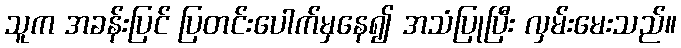
သူက အခန်းပြင် ပြတင်းပေါက်မှနေ၍ အသံပြုပြီး လှမ်းမေးသည်။